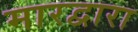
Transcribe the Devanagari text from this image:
मारद्वारा